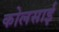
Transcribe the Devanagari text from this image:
कोलसाई